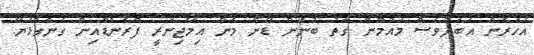
އަހަރެން އަބަދުވެސް މައުމޫން ގާތު ބުނަން ޑޭން މެން އިމޭޖިނަރީ ފްރެންޑްއިން ގެންގުޅެޔޭ.